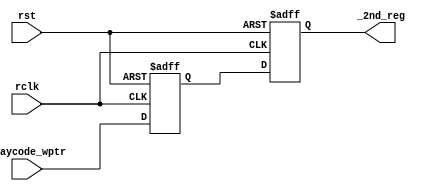
`timescale 1 ns / 1 ps
module w2r #(parameter ADDRSIZE = 4)
            (output reg [ADDRSIZE:0] _2nd_reg,
            input       [ADDRSIZE:0] graycode_wptr,
            input                    rclk, rst );
    reg [ADDRSIZE:0] _1st_reg;
    always @(posedge rclk or posedge rst)
    begin
        if ( rst )  {_2nd_reg,_1st_reg} <= 0;
        else        {_2nd_reg,_1st_reg} <= {_1st_reg,graycode_wptr};
    end
endmodule